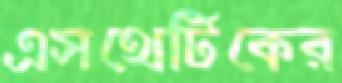
এসথেটিকের